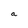
Character: a